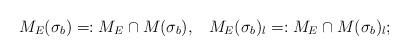
LaTeX: \begin{align*} M_E(\sigma_b)=:M_E\cap M(\sigma_b),\,\,\,\,\,M_E(\sigma_b)_l=:M_E\cap M(\sigma_b)_l;\end{align*}